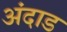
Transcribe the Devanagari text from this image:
अंदाड